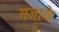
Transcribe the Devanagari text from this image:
सजाये।